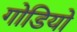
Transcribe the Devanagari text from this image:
गोडियो